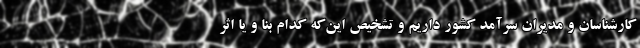
کارشناسان و مدیران سرآمد کشور داریم و تشخیص این‌که کدام بنا و یا اثر